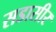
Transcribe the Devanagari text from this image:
सडासीर